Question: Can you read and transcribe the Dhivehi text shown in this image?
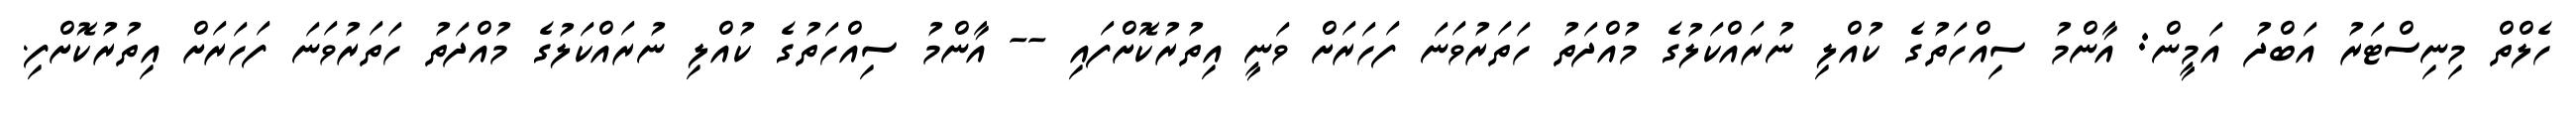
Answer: ހެލްތް މިނިސްޓަރު އަބްދު އަމީން: އާންމު ސިއްހަތުގެ ކުއްލި ނުރައްކަލުގެ މުއްދަތު ހަތަރުވަނަ ފަހަރަށް ވަނީ އިތުރުކޮށްފައި -- އާންމު ސިއްހަތުގެ ކުއްލި ނުރައްކަލުގެ މުއްދަތު ހަތަރުވަނަ ފަހަރަށް އިތުރުކޮށްފި.